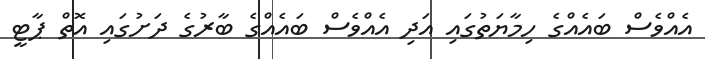
އެއްވެސް ބައެއްގެ ހިމާޔަތުގައި އަދި އެއްވެސް ބައެއްގެ ބާރުގެ ދަށުގައި އޮތް ޕާޓީ